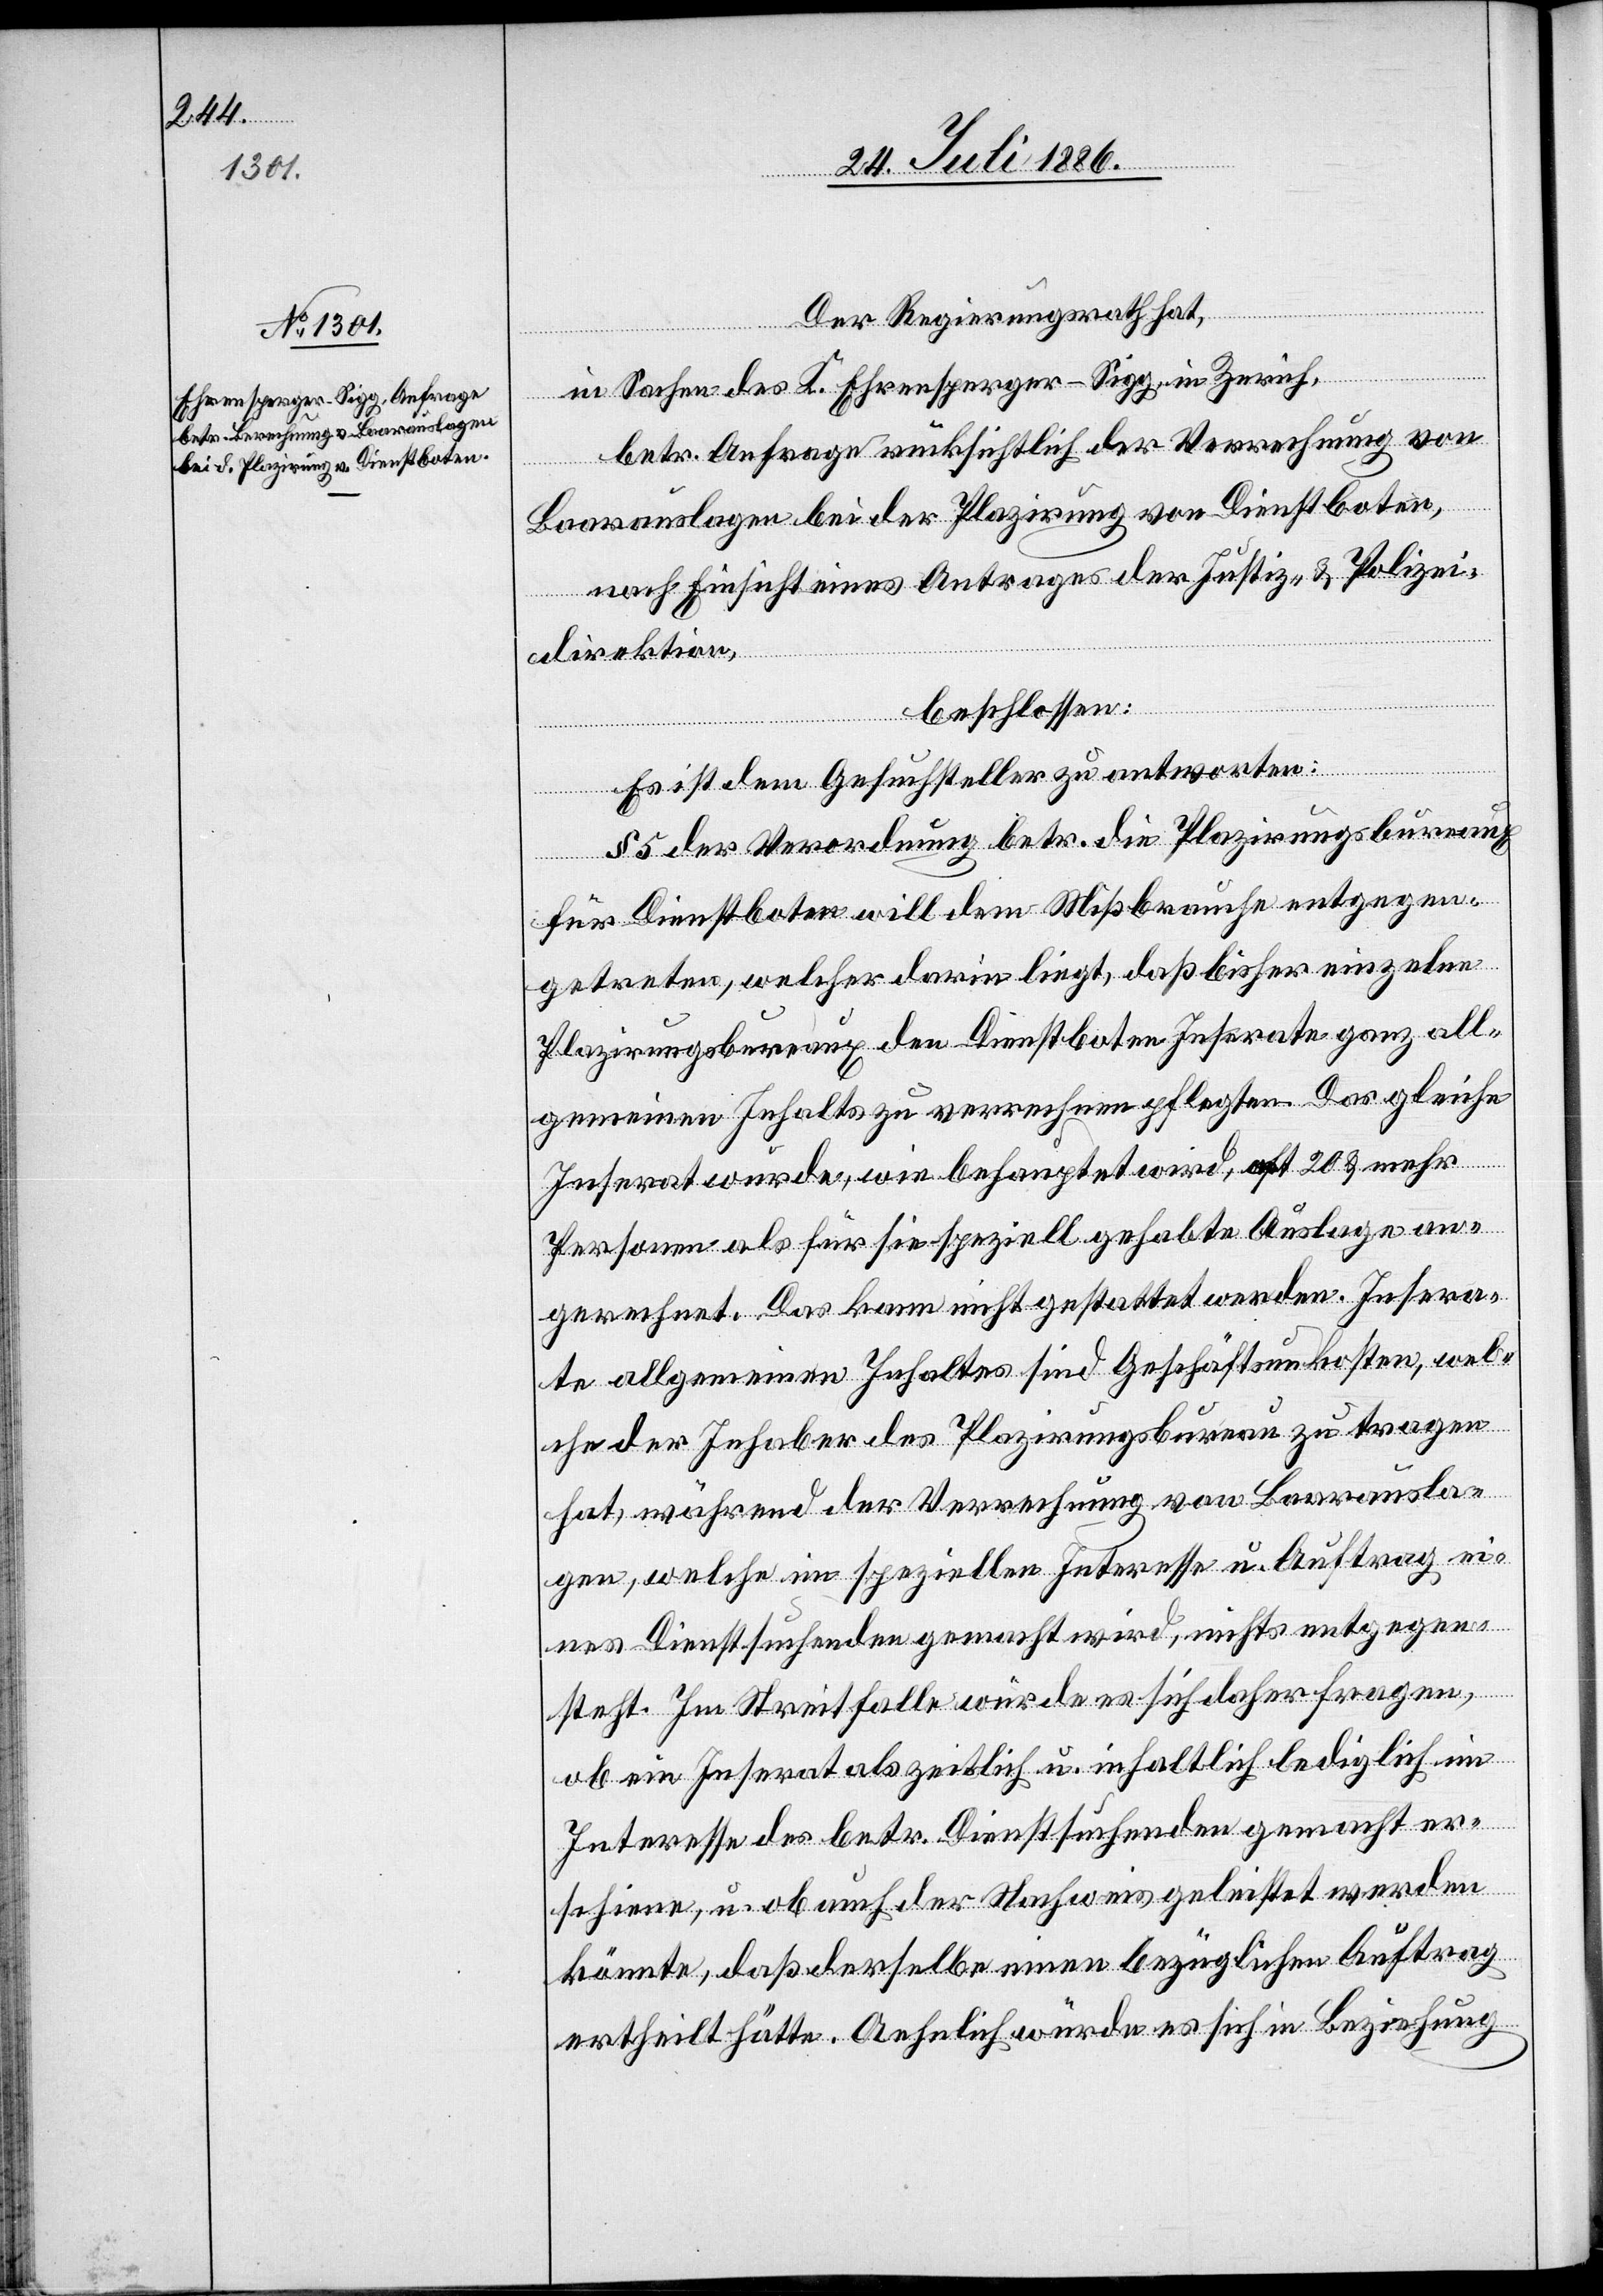
Der Regierungsrath hat,
in Sachen des K. Ehrensperger-Sigg, in Zürich,
betr. Anfrage rücksichtlich der Verrechnung von
Baarauslagen bei der Plazirung von Dienstboten,
nach Einsicht eines Antrages der Justiz- & Polizei¬
direktion,
beschlossen:
Es ist dem Gesuchsteller zu antworten:
§ 5 der Verordnung betr. die Plazirungsbureaux
für Dienstboten will dem Mißbrauche entgegen¬
treten, welcher darin liegt, daß bisher einzelne
Plazirungsbureaux den Dienstboten Inserate ganz all¬
gemeinen Inhalts zu verrechnen pflegten. Das gleiche
Inserat wurde, wie behauptet wird, oft 20 & mehr
Personen als für sie speziell gehabte Auslage an¬
gerechnet. Das kann nicht gestattet werden. Insera¬
te allgemeinen Inhalts sind Geschäftsunkosten, wel¬
che der Inhaber des Plazirungsbureau zu tragen
hat, während der Verrechnung von Baarausla¬
gen, welche im speziellen Interesse u. Auftrag ei¬
nes Dienstsuchenden gemacht wird, nichts entgegen¬
steht. Im Streitfall würde es sich daher fragen,
ob ein Inserat als zeitlich u. inhaltlich lediglich im
Interesse der betr. Dienstsuchenden gemacht er¬
schiene, u. ob auch der Nachweis geleistet werden
könnte, daß derselbe einen bezüglichen Auftrag
ertheilt hätte. Aehnlich würde es sich in Beziehung